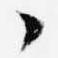
々